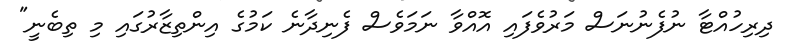
ދިރިހުއްޓާ ނުފެނުނަސް މަރުވެފައި އޮއްވާ ނަމަވެސް ފެނިދާނެ ކަމުގެ އިންތިޒާރުގައި މި ތިބެނީ"